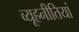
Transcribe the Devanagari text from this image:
व्यूहनीतियां